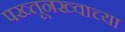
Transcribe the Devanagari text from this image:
पख्तूनख्वाच्या